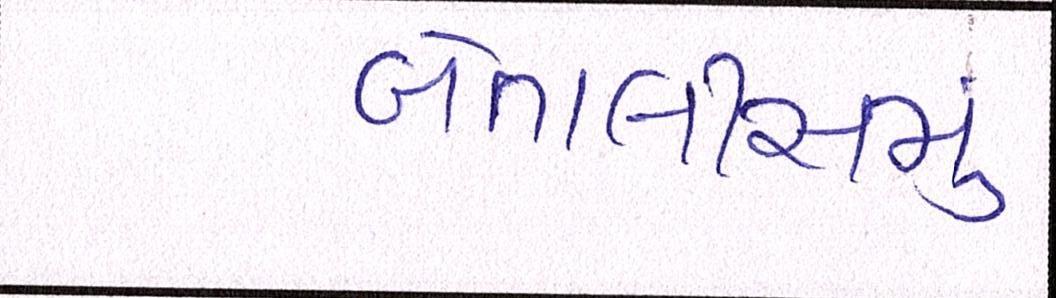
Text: બેતાલીસમું